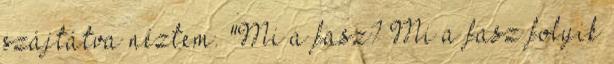
szájtátva néztem. "Mi a fasz? Mi a fasz folyik